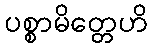
ပစ္စာမိတ္တေဟိ